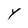
Character: Y